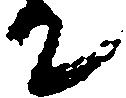
て